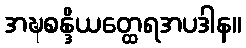
အဍ္ဎစန္ဒိယတ္ထေရအပဒါန။